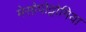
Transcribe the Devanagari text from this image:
मेसोपोट्टोमिया